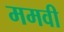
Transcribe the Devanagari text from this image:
ममवी